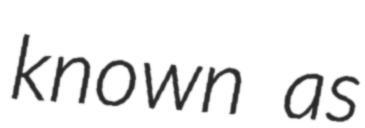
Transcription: known as